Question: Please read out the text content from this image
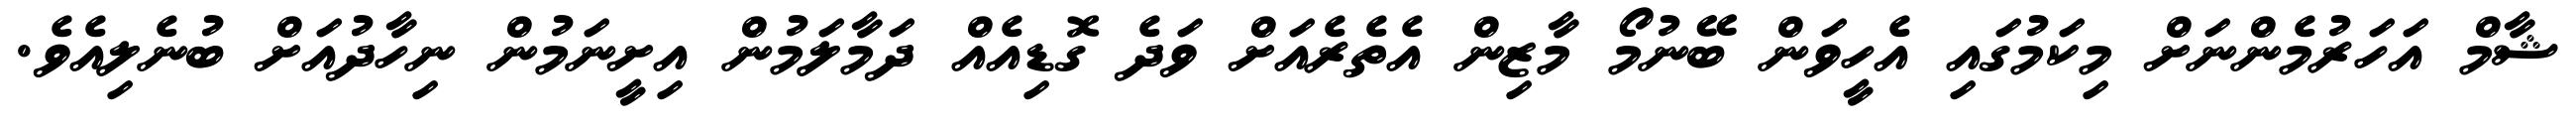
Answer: ޝާމް އަހަރުމެންނަށް މިކަމުގައި އެހީވަން ބޭނުމޯ މާޒިން އެތެރެއަށް ވަދެ ގޮޑިއެއް ދަމާލަމުން އިށީނަމުން ނިހާދުއަށް ބުނެލިއެވެ.